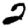
Digit: 2